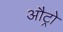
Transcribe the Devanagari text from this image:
औट्रो